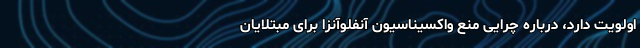
اولویت دارد، درباره چرایی منع واکسیناسیون آنفلوآنزا برای مبتلایان